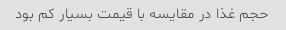
حجم غذا در مقایسه با قیمت بسیار کم بود